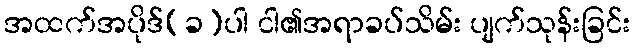
အထက်အပိုဒ်(ခ)ပါ ငါ၏အရာခပ်သိမ်း ပျက်သုန်းခြင်း